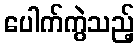
ပေါက်ကွဲသည့်